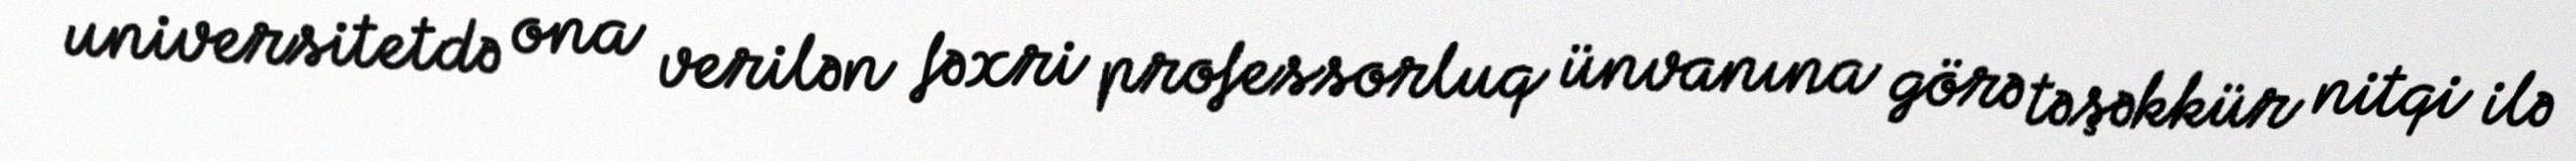
universitetdə ona verilən fəxri professorluq ünvanına görə təşəkkür nitqi ilə